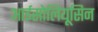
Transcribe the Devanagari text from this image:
आईसोलियूसिन